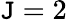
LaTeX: \mathtt{J}=2